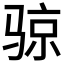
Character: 𲌈